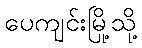
ပေကျင်းမြို့သို့